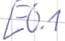
Text: E0.1